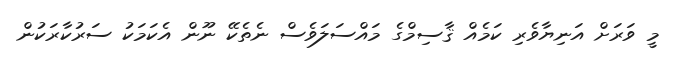
މީ ވަރަށް އަނިޔާވެރި ކަމެއް ޤާސިމްގެ މައްސަލަވެސް ނެތެކޭ ނޫން އެކަމަކު ސަރުކާރަކުން